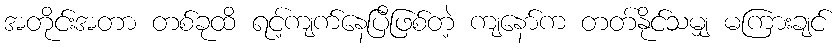
အတိုင်းအတာ တစ်ခုထိ ရင့်ကျက်နေပြီဖြစ်တဲ့ ကျနော်က တတ်နိုင်သမျှ မကြားချင်